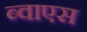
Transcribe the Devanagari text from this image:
ब्वाएस